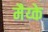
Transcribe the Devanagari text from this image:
मैय्के